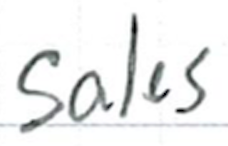
Text: sales
Cross-out: clean
Writing tool: ballpoint